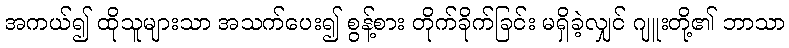
အကယ်၍ ထိုသူများသာ အသက်ပေး၍ စွန့်စား တိုက်ခိုက်ခြင်း မရှိခဲ့လျှင် ဂျူးတို့၏ ဘာသာ